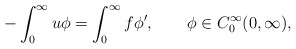
\begin{align*}-\int_0^\infty u\phi=\int_0^\infty f\phi',\qquad\phi\in C_0^\infty(0,\infty),\end{align*}